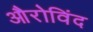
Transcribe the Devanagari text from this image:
औरोविंद